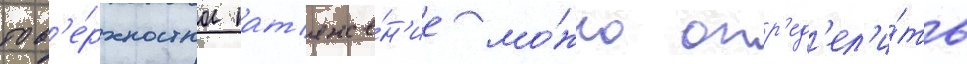
пов'е́рхностное нат'яже́н'ие мо́жно опр'ед'ел'и́ть